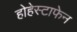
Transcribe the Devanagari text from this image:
होहेस्टाफेन